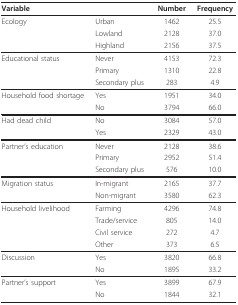
| <COLSPAN=2> Variable | Number | Frequency |
 | --- | --- | --- | --- |
 | Ecology | Urban | 1462 | 25.5 |
 |  | Lowland | 2128 | 37.0 |
 |  | Highland | 2156 | 37.5 |
 | Educational status | Never | 4153 | 72.3 |
 |  | Primary | 1310 | 22.8 |
 |  | Secondary plus | 283 | 4.9 |
 | Household food shortage | Yes | 1951 | 34.0 |
 |  | No | 3794 | 66.0 |
 | Had dead child | No | 3084 | 57.0 |
 |  | Yes | 2329 | 43.0 |
 | Partner's education | Never | 2128 | 38.6 |
 |  | Primary | 2952 | 51.4 |
 |  | Secondary plus | 576 | 10.0 |
 | Migration status | In-migrant | 2165 | 37.7 |
 |  | Non-migrant | 3580 | 62.3 |
 | Household livelihood | Farming | 4296 | 74.8 |
 |  | Trade/service | 805 | 14.0 |
 |  | Civil service | 272 | 4.7 |
 |  | Other | 373 | 6.5 |
 | Discussion | Yes | 3820 | 66.8 |
 |  | No | 1895 | 33.2 |
 | Partner's support | Yes | 3899 | 67.9 |
 |  | No | 1844 | 32.1 |